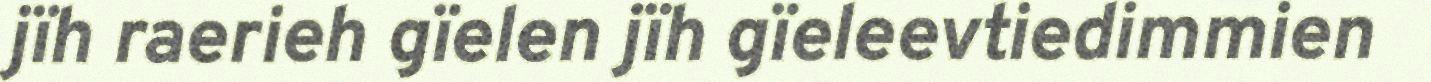
jïh raerieh gïelen jïh gïeleevtiedimmien